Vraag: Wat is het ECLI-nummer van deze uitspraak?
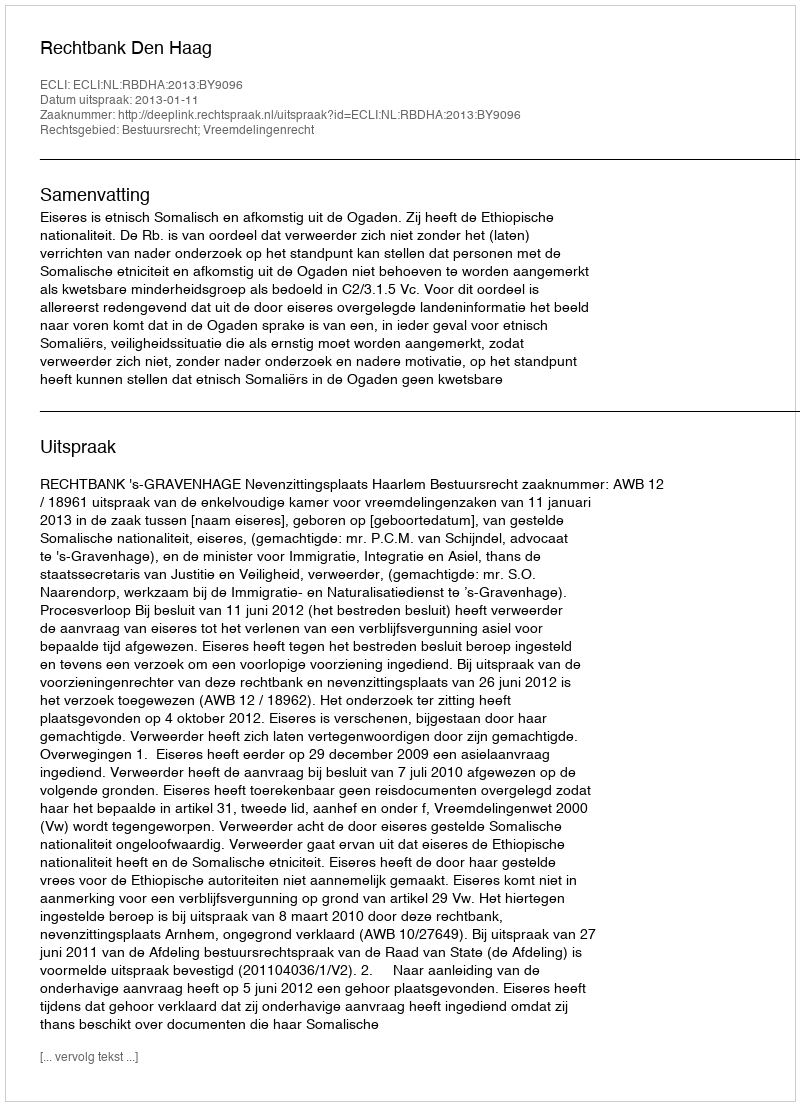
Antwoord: ECLI:NL:RBDHA:2013:BY9096